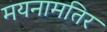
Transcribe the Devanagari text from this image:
मयनामतिर